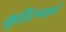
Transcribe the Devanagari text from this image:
मूर्तिरूपाने